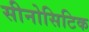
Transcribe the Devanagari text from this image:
सीनोसिटिक